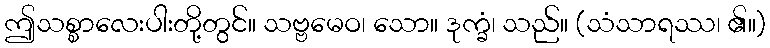
ဤသစ္စာလေးပါးတို့တွင်။ သဗ္ဗမေဝ၊ သော။ ဒုက္ခံ၊ သည်။ (သံသာရဿ၊ ၏။)